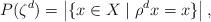
LaTeX: \begin{align*} P(\zeta^d) = \left|\{x\in X\mid \rho^d x = x\}\right|, \end{align*}